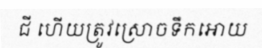
ជី ហើយត្រូវស្រោចទឹកអោយ